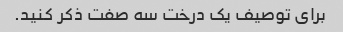
برای توصیف یک درخت سه صفت ذکر کنید.